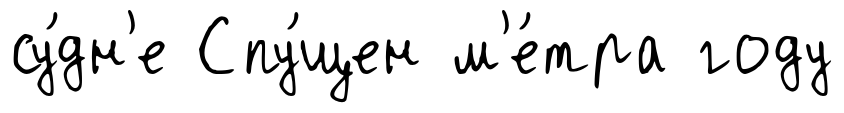
су́дн'е Спу́щен м'е́тра году